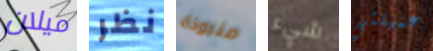
ميلان نظر منبوذة شيء عميلتي